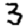
Digit: 3